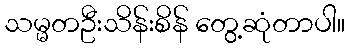
သမ္မတဦးသိန်းစိန် တွေ့ဆုံတာပါ။